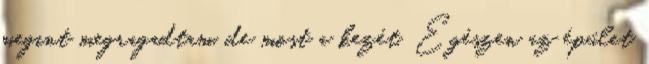
megint megragadtam, de most a kezét. Egészen az épület